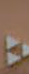
: